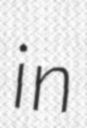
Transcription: in